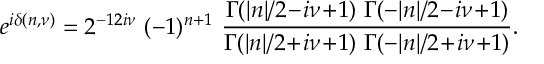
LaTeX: e ^ { i \delta ( n , \nu ) } = 2 ^ { - 1 2 i \nu } \ ( - 1 ) ^ { n + 1 } \ \frac { \Gamma ( \vert n \vert / 2 \! - \! i \nu \! + \! 1 ) \ \Gamma ( - \vert n \vert / 2 \! - \! i \nu \! + \! 1 ) } { \Gamma ( \vert n \vert / 2 \! + \! i \nu \! + \! 1 ) \ \Gamma ( - \vert n \vert / 2 \! + \! i \nu \! + \! 1 ) } .